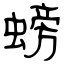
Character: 螃